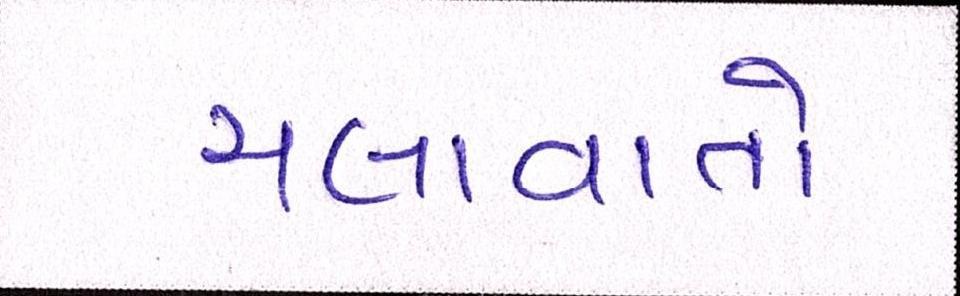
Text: ચલાવાતો